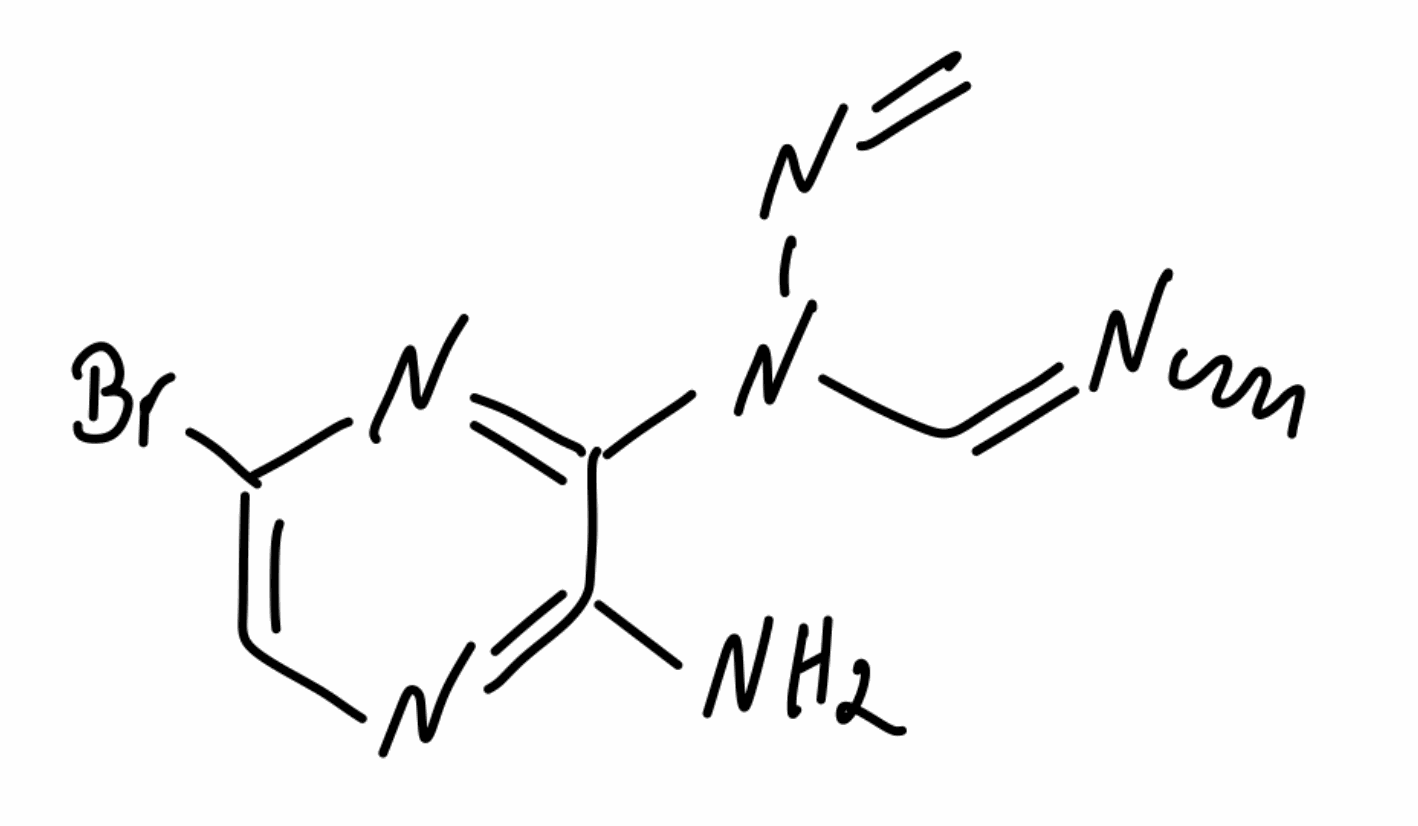
Simplified molecular-input line-entry system (SMILES) notation of the given molecule:
CN=CN(C1=NC(=CN=C1N)Br)N=C